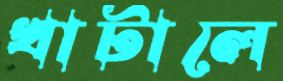
খাটালে